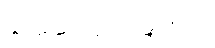
နှာဆေး ပေးခြင်း၊ ၉။